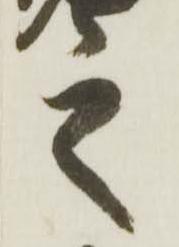
之